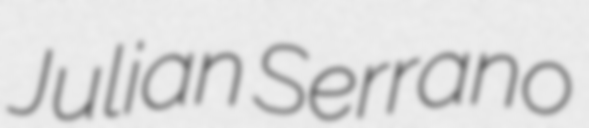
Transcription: Julian Serrano